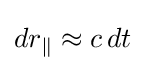
dr_{\parallel }\approx c\,dt